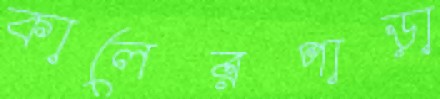
কালেরপাড়া